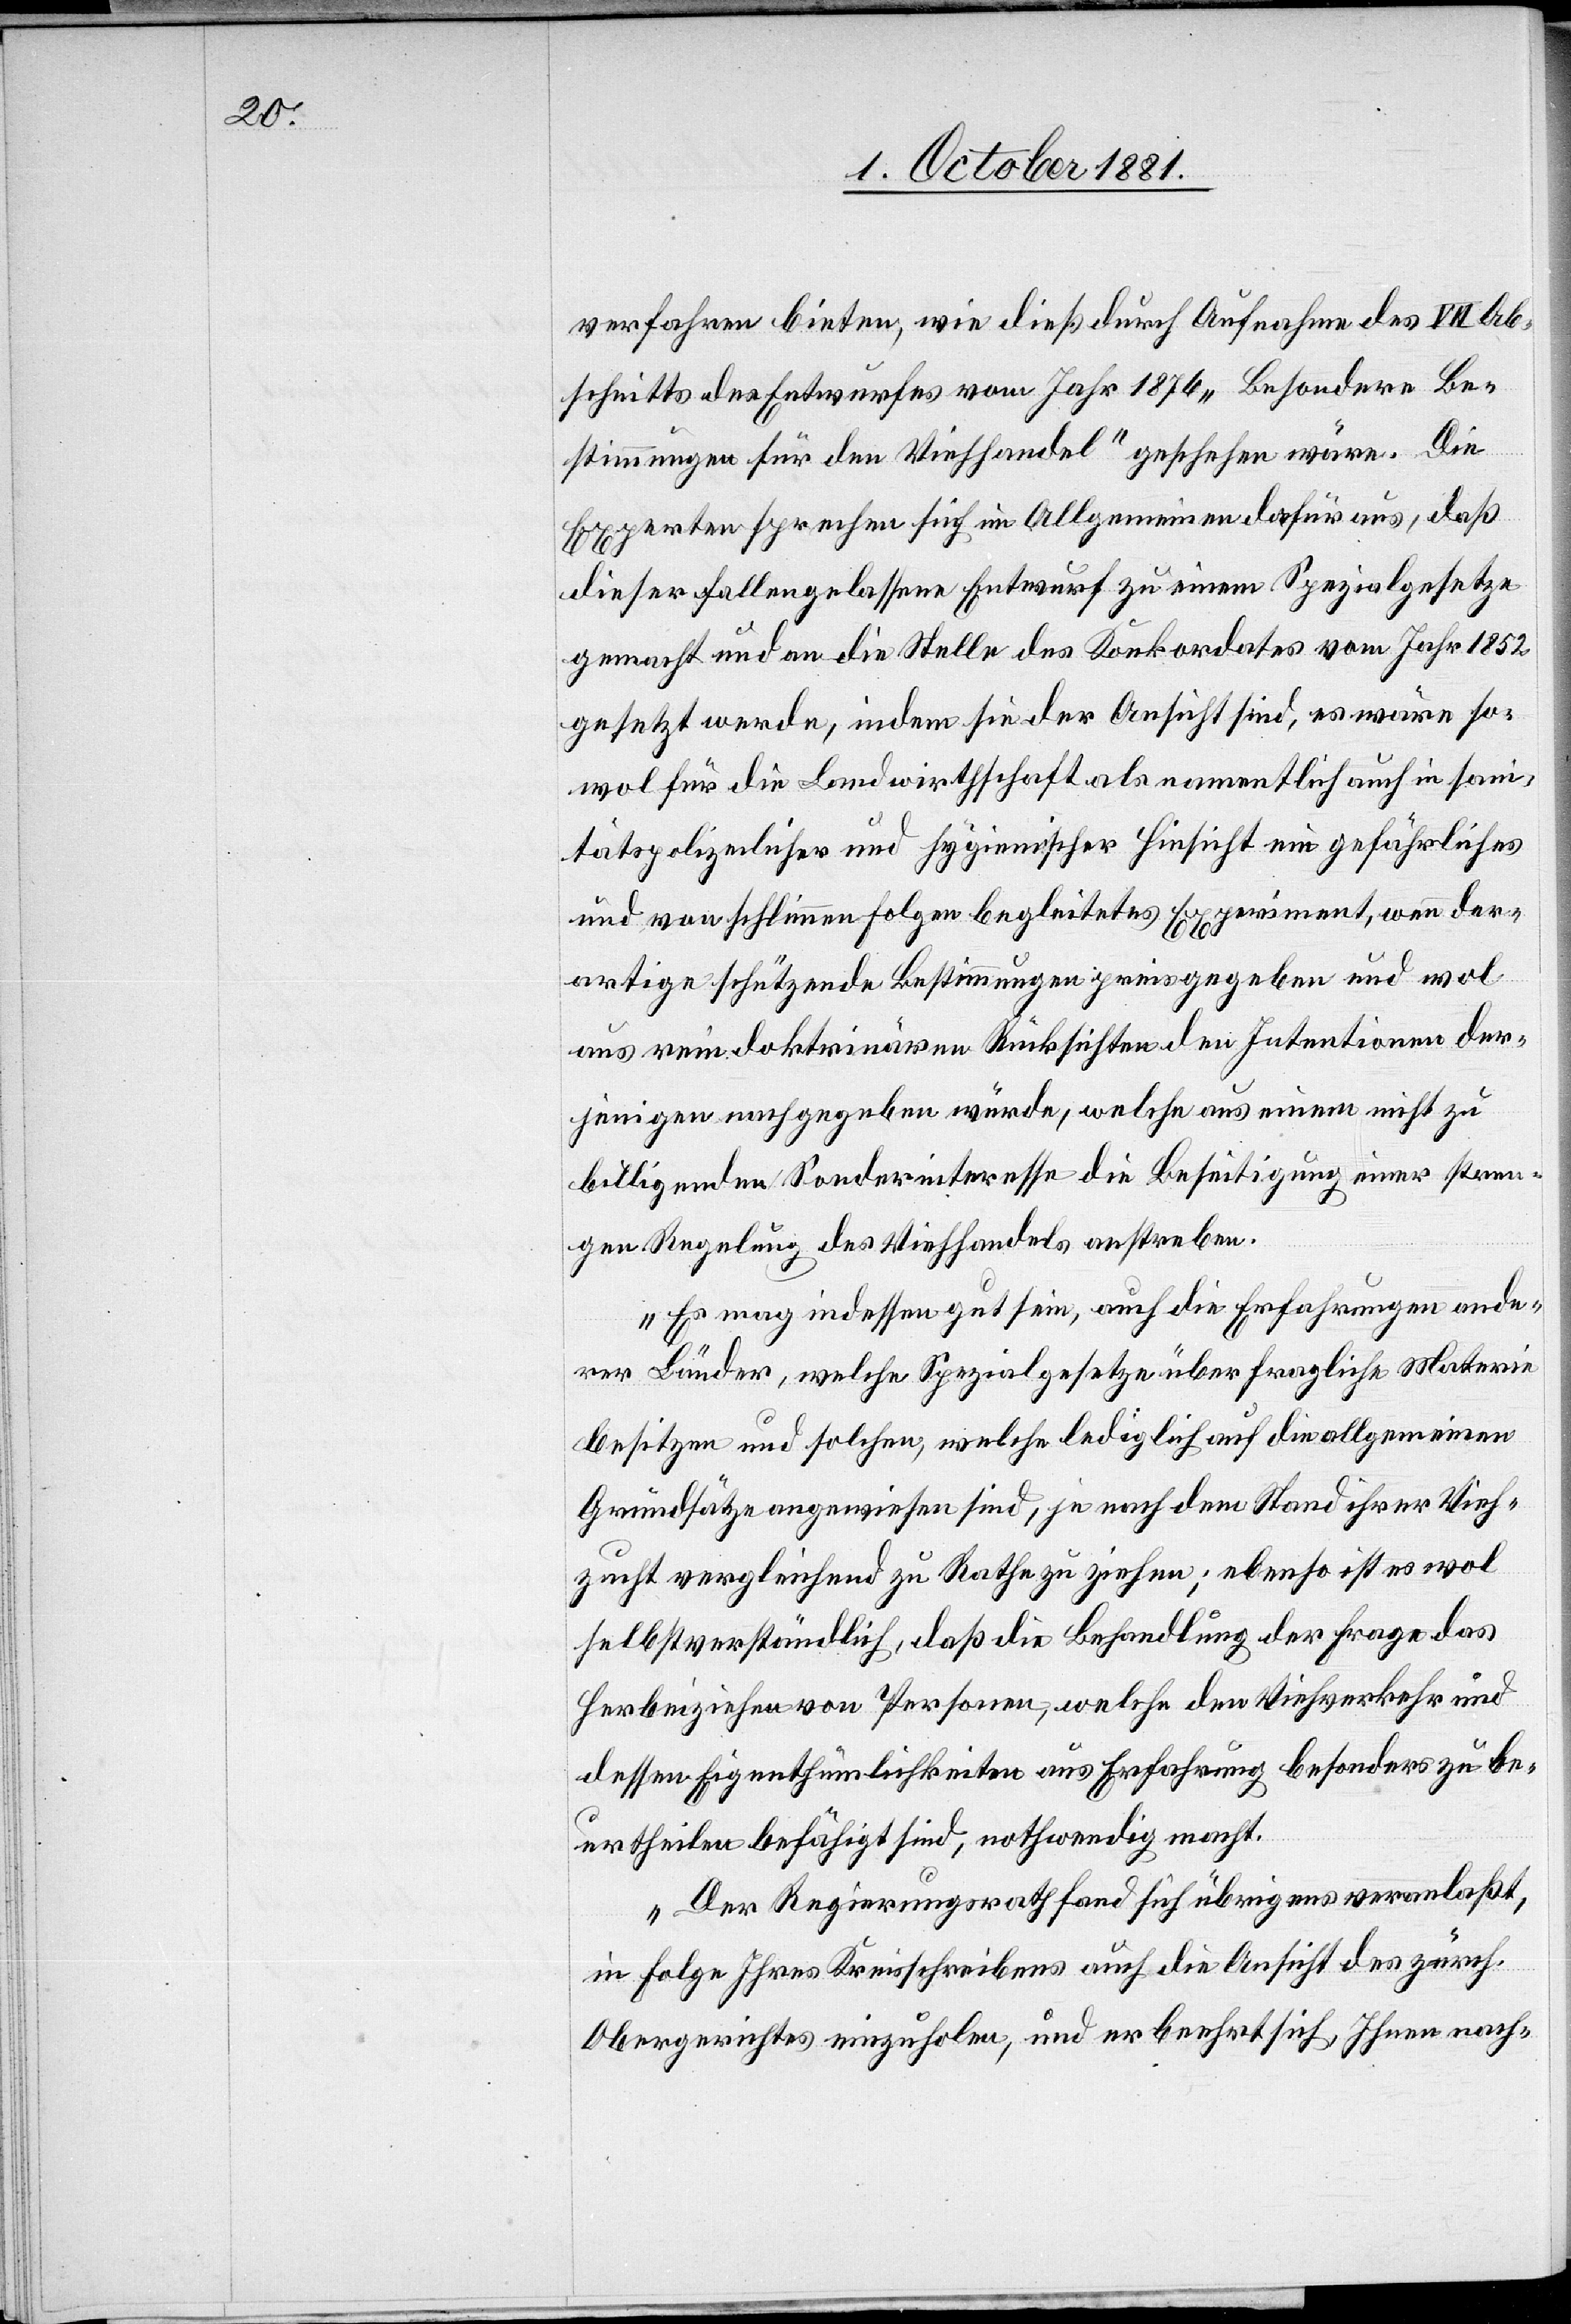
verfahren bieten, wie dieß durch Aufnahme des VII Ab¬
schnitts des Entwurfes vom Jahr 1876 „Besondere Be¬
stimmungen für den Viehhandel“ geschehen wäre. Die
Experten sprechen sich im Allgemeinen dafür aus, das
dieser fallengelassene Entwurf zu einem Spezialgesetze
gemacht und an die Stelle des Konkordates vom Jahr 1852
gesetzt werde, indem sie der Ansicht sind, es wäre so¬
wol für die Landwirthschaft als namentlich auch in san¬
itätspolizeilicher und hygienischer Hinsicht ein gefährliches
und von schlimmen Folgen begleitetes Experiment, wenn der¬
artige schützende Bestimmungen preisgegeben und wol
aus rein doktrinären Rücksichten den Intentionen der¬
jenigen nachgegeben würde, welche aus einem nicht zu
billigenden Sonderinteresse die Beseitigung einer stren¬
gen Regelung des Viehhandels anstreben.
Es mag indessen gut sein, auch die Erfahrungen ande¬
rer Länder, welche Spezialgesetze über fragliche Materie
besitzen und solchen, welche lediglich auf die allgemeinen
Grundsätze angewiesen sind, je nach dem Stand ihrer Vieh¬
zucht vergleichend zu Rathe zu ziehen; ebenso ist es wol
selbstverständlich, daß die Behandlung der Frage das
herbeiziehen von Personen, welche den Viehverkehr und
dessen Eigenthümlichkeiten aus Erfahrung besonders zu be¬
urtheilen befähigt sind, nothwendig macht.
Der Regierungsrath fand sich übrigens veranlaßt,
in Folge Ihres Kreisschreibens auch die Ansicht des zürch.
Obergerichtes einzuholen, und er beehrt sich, Ihnen nach-